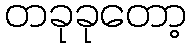
တခုခုတော့